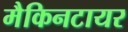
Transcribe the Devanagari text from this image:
मैकिनटायर